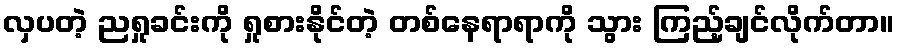
လှပတဲ့ ညရှုခင်းကို ရှုစားနိုင်တဲ့ တစ်နေရာရာကို သွား ကြည့်ချင်လိုက်တာ။